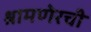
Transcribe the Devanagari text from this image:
श्रामणेरची